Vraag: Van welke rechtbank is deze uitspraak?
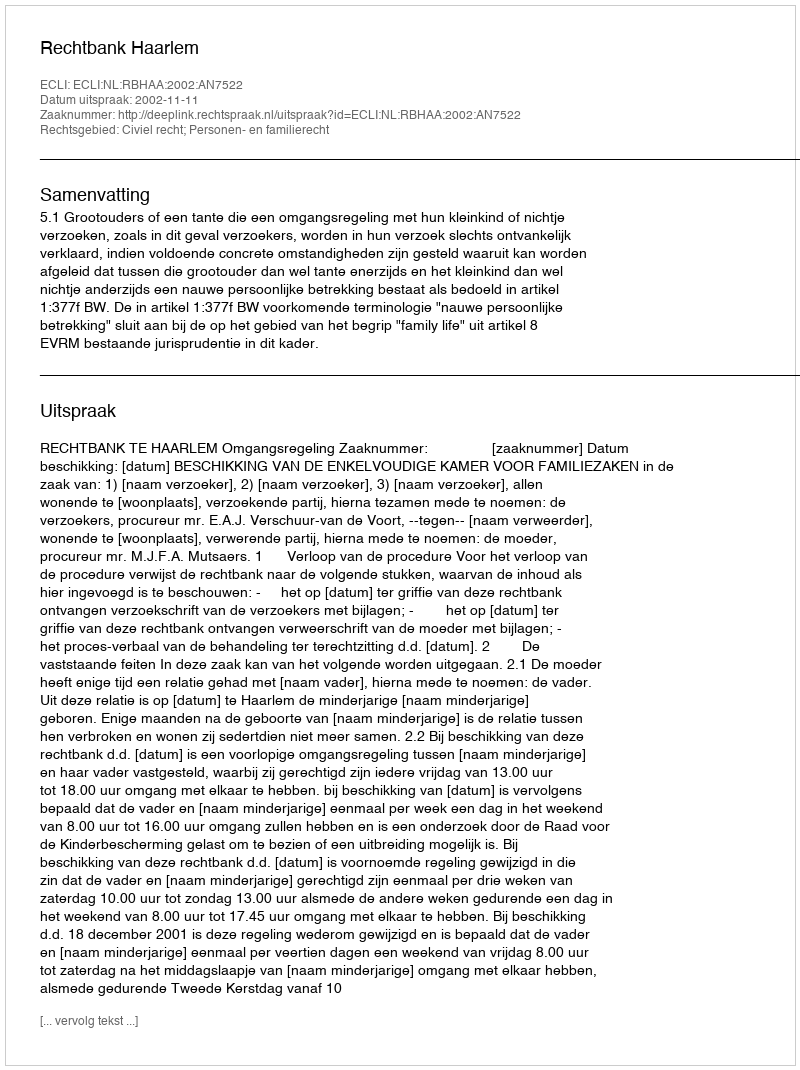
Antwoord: Rechtbank Haarlem